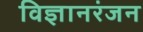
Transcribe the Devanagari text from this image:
विज्ञानरंजन